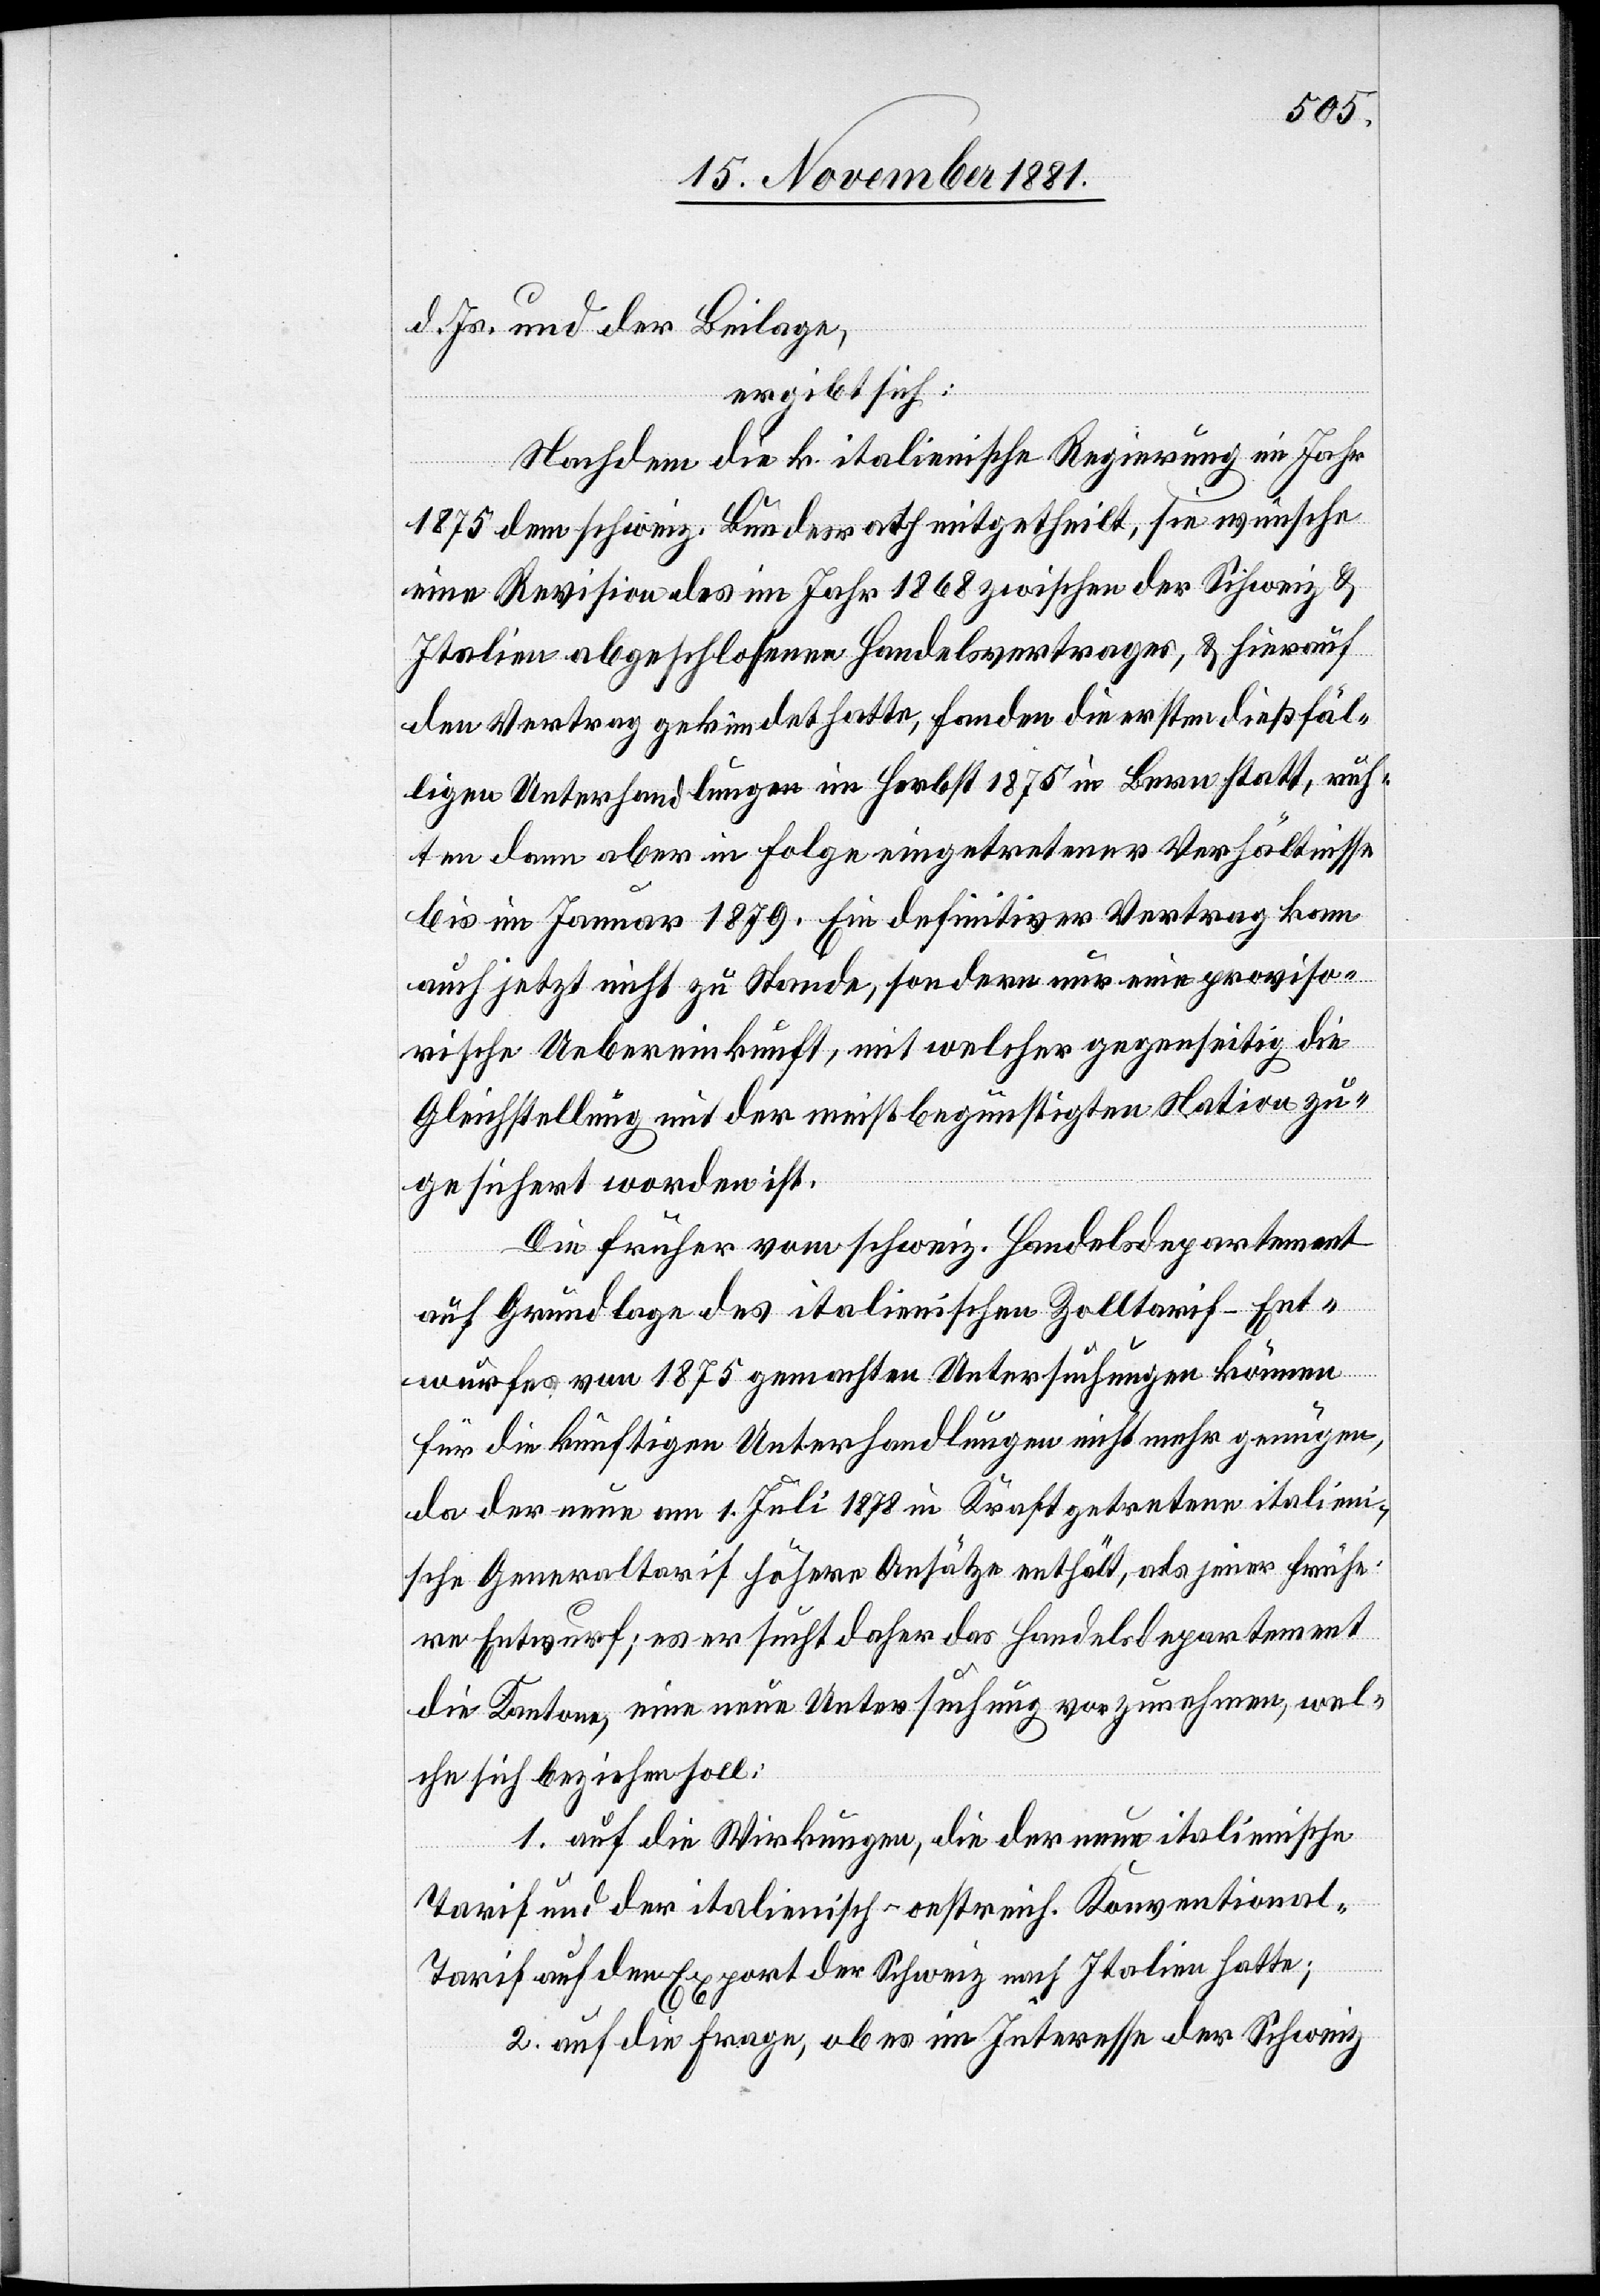
d. Js. und der Beilage,
ergibt sich:
Nachdem die k. italienische Regierung im Jahr
1875 dem schweiz. Bundesrath mitgetheilt, sie wünsche
eine Revision des im Jahr 1868 zwischen der Schweiz &
Italien abgeschlossenen Handelsvertrages, & hierauf
den Vertrag gekündet hatte, fanden die ersten dießfäl¬
ligen Unterhandlungen im Herbst 1875 in Bern statt, ruh¬
ten dann aber in Folge eingetretener Verhältnisse
bis im Januar 1879. Ein definitiver Vertrag kam
auch jetzt nicht zu Stande, sondern nur eine proviso¬
rische Uebereinkunft, mit welcher gegenseitig die
Gleichstellung mit der meistbegünstigten Nation zu¬
gesichert worden ist.
Die früher vom schweiz. Handelsdepartement
auf Grundlage des italienischen Zolltarif-Ent¬
wurfes von 1875 gemachten Untersuchungen können
für die künftigen Unterhandlungen nicht mehr genügen,
da der neue am 1. Juli 1878 in Kraft getretene italieni¬
sche Generaltarif höhere Ansätze enthält, als jener frühe¬
re Entwurf; es ersucht daher das Handelsdepartement
die Kantone, eine neue Untersuchung vorzunehmen, wel¬
che sich beziehen soll:
1. auf die Wirkungen, die der neue italienische
Tarif und der italienisch-oestreich. Konventional-T¬
arif auf den Export der Schweiz nach Italien hatte;
2. auf die Frage, ob es im Interesse der Schweiz